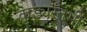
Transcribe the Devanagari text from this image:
कुड्यस्तंभों